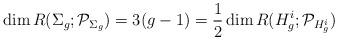
LaTeX: \begin{align*}\dim R(\Sigma_g;\mathcal P_{\Sigma_g}) = 3(g-1) = \frac{1}{2} \dim R(H^i_g;\mathcal P_{H^i_g})\end{align*}